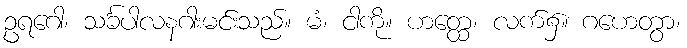
ဥရဂေါ၊ သင်္ခပါလနဂါးမင်းသည်။ မံ၊ ငါကို။ ဟတ္ထေ၊ လက်၌။ ဂဟေတွာ၊